Papers set at the Examination for Leaving Certificates, 1893
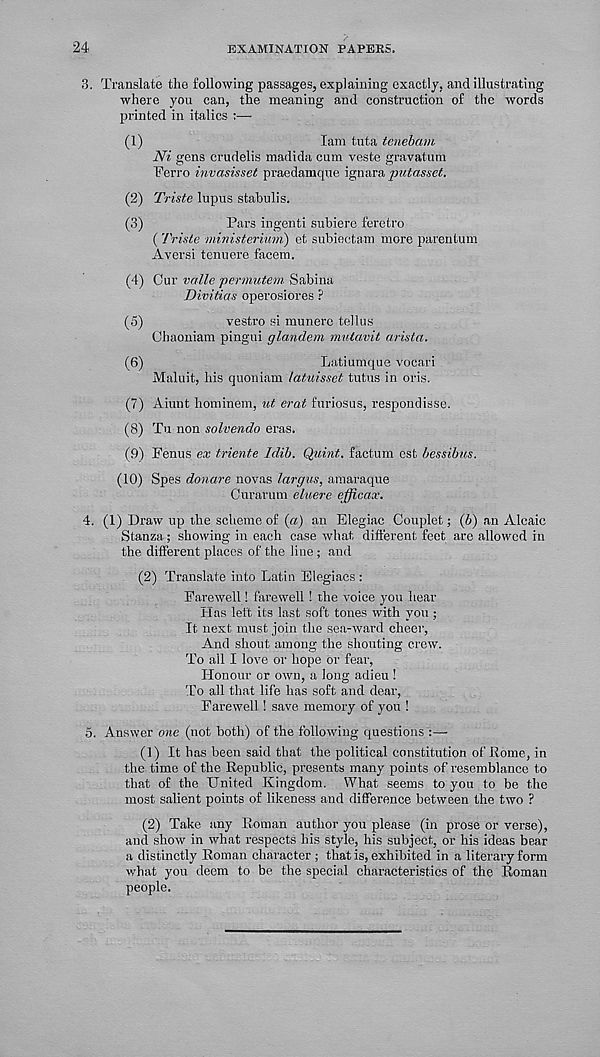
24
EXAMINATION PAPEKS,
3. Translate the following passages, explaining exactly, and illustrating
where you can, the meaning and construction of the words
printed in italics :—
(1)
lam tuta teuebam
Ni gens crudelis madida cum veste gravatum
Ferro invasisset praedamque ignaxa, putasset.
(2) Triste lupus stahulis.
(3)
Pars ingenti subiere feretro
( Triste ministerimn) et subiectam more parentum
Aversi tenuere facem.
(4) Cur valle pertnutem Sabina
Divitias operosiores ?
(5)
vestro si munerc tellus
Chaoniam pingui glandern mutavit arista.
(6)
Latiumque vocari
Maluit, his quoniam latuisset tutus in oris.
(7) Aiunt homihem, ut erat furiosus, respondisse.
(8) Tu non solvendo eras.
(9) Fenus ex triente Idib. Quint, factum est bessibus.
(10) Spes donare novas largus, amaraque
Curarum eluere efficax.
4. (1) Draw up the scheme of (a) an Elegiac Couplet; (b) an Alcaic
Stanza; showing in each case what different feet are allowed in
the different places of the line ; and
(2) Translate into Latin Elegiacs :
Farewell! farewell ! the voice you hear
Has left its last soft tones with you ;
It next must join the sea-ward cheer,
And shout among the shouting crew.
To all I love or hope or fear,
Honour or own, a long adieu !
To all that life has soft and dear,
Farewell! save memory of you !
5. Answer one (not both) of the following questions
(1) It has been said that the political constitution of Rome, in
the time of the Republic, presents many points of resemblance to
that of the United Kingdom. What seems to you to be the
most salient points of likeness and difference between the two ?
(2) Take any Roman author you please (in prose or verse),
and show in what respects his style, his subject, or his ideas bear
a distinctly Roman character ; that is, exhibited in a literary form
what you deem to be the special characteristics of the Roman
people.